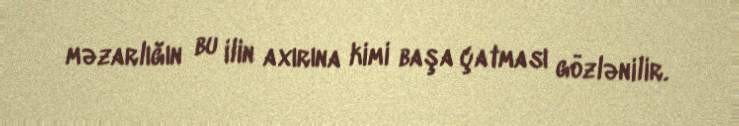
məzarlığın bu ilin axırına kimi başa çatması gözlənilir.